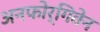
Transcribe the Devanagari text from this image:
अनफोर्गिवेन